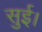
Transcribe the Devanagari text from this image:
सुई।